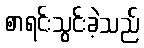
စာရင်းသွင်းခဲ့သည်